Indian journal of veterinary science and animal husbandry - Volumes 22-23, 1952-1953
Year: 1952
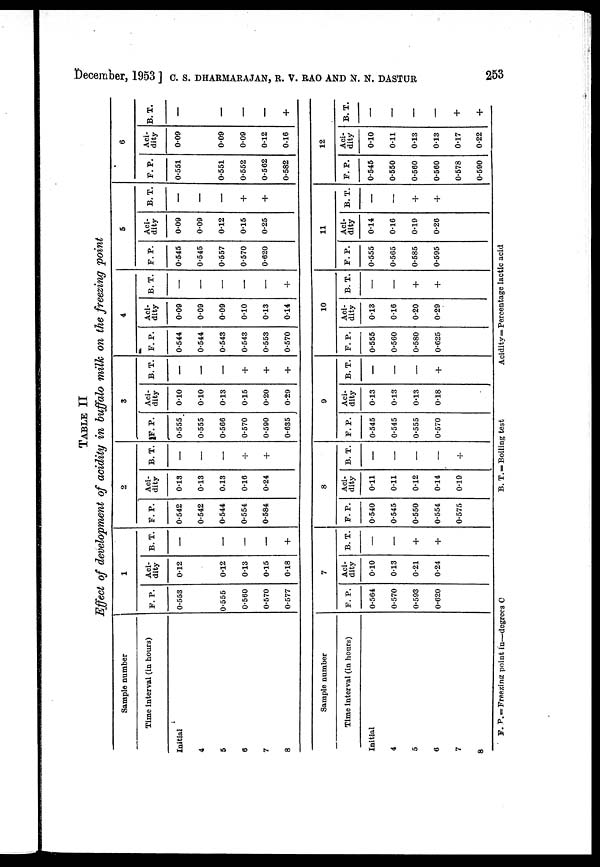
December, 1953 ] C. S. DHARMARAJAN, R. V. RAO AND N. N. DASTUR 253
TABLE II
Effect of development of acidity in buffalo milk on the freezing point
Sample number
Time interval (in hours)
Initial
4
5
6
7
8
Sample number
Time interval (in hours)
Initial
4
5
6
7
8
1
F. P.
0.553
0.555
0.560
0.570
0.577
F. P.
0.564
0.570
0.593
0.620
Aci-
dity
0.12
0.12
0.13
0.15
0.18
7
Aci-
dity
0.10
0.13
0.21
0.24
B. T.
—
—
—
—
+
B. T.
—
—
+
—
2
F. P.
0.542
0.542
0.544
0.554
0.584
F. P.
0.540
0.545
0.550
0.554
0.575
Aci-
dity
0.13
0.13
0.13
0.16
0.24
8
Aci-
dity
0.11
0.11
0.12
0.14
0.19
B. T.
—
—
—
+
+
B. T.
—
—
—
—
+
3
F. P.
0.555
0.555
0.566
0.570
0.590
0.635
F. P.
0.545
0.545
0.555
0.570
Aci-
dity
0.10
0.10
0.13
0.15
0.20
0.29
9
Aci-
dity
0.13
0.13
0.13
0.18
B. T.
—
—
—
+
+
+
B. T.
—
—
—
+
4
F. P.
0.544
0.544
0.543
0.543
0.553
0.570
F. P.
0.555
0.560
0.580
0.625
Aci-
dity
0.09
0.09
0.09
0.10
0.13
0.14
10
Aci-
dity
0.13
0.16
0.20
0.29
B. T.
—
—
—
—
—
+
B. T.
—
—
+
+
5
F. P.
0.545
0.545
0.557
0.570
0.620
F. P.
0.555
0.565
0.585
0.595
Aci-
dity
0.09
0.09
0.12
0.15
0.25
11
Aci-
dity
0.14
0.16
0.19
0.26
B. T.
—
—
—
+
+
B. T.
—
—
+
+
6
F. P.
0.551
0.551
0.552
0.562
0.582
F. P.
0.545
0.550
0.560
0.560
0.578
0.590
Aci-
dity
0.09
0.09
0.09
0.12
0.16
12
Aci-
dity
0.10
0.11
0.13
0.13
0.17
0.22
B. T.
—
—
—
—
+
B. T.
—
—
—
—
+
+
F. P.=Freezing point in—degrees C
B. T.=Boiling test
Acidity=Percentage lactic acid